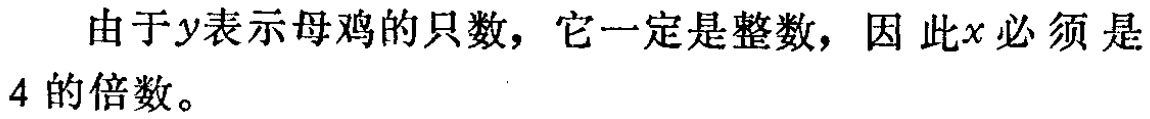
由于\(y\)表示母鸡的只数，它一定是整数，因 此\(x\)必须是4 的倍数。